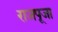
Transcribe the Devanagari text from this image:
राजपूजा